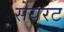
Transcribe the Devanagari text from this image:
सेयरट